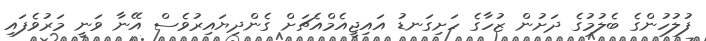
ފުލުހުންގެ ބެލުމުގެ ދަށުން ޒުހާގެ ހަށިގަނޑު އައިޖީއެމްއެޗަށް ގެންދިޔައިރުވެސް އޭނާ ވަނީ މަރުވެފައި